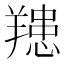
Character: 䍺